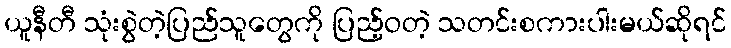
ယူနီတီ သုံးစွဲတဲ့ပြည်သူတွေကို ပြည့်ဝတဲ့ သတင်းစကားပါးမယ်ဆိုရင်